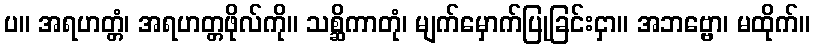
ပ။ အရဟတ္တံ၊ အရဟတ္တဖိုလ်ကို။ သစ္ဆိကာတုံ၊ မျက်မှောက်ပြုခြင်းငှာ။ အဘဗ္ဗော၊ မထိုက်။